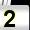
Digit: 2